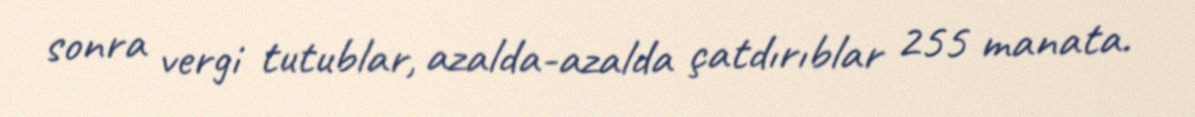
sonra vergi tutublar, azalda-azalda çatdırıblar 255 manata.